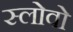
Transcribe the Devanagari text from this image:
स्लोवो